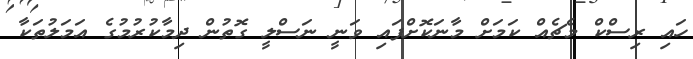
ހައި ރިސްކް މެޗެއް ކަމަށް މާނަކޮށްފައި ވަނީ ނަސްލީ ގޮތުން ދިމާކުރުމުގެ އަމަލުތަކާ